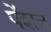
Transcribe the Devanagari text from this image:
पेंशनें